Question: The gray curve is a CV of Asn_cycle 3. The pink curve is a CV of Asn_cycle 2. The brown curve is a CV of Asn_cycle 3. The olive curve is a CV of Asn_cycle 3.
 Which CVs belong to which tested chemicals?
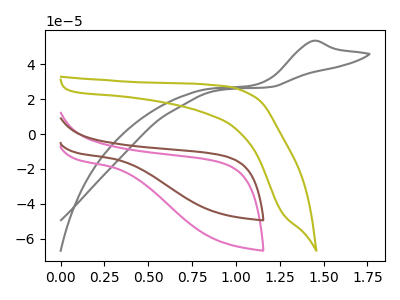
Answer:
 <answer>The gray curve is labeled "Asn_cycle 3". The pink curve is labeled "Asn_cycle 2". The brown curve is labeled "Asn_cycle 3". The olive curve is labeled "Asn_cycle 3".</answer>
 <eval></eval>